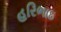
હરિભાઇ